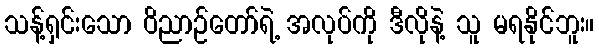
သန့်ရှင်းသော ဝိညာဉ်တော်ရဲ့ အလုပ်ကို ဒီလိုနဲ့ သူ မရနိုင်ဘူး။